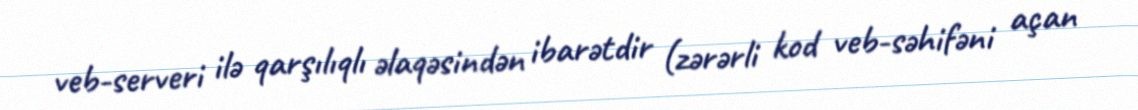
veb-serveri ilə qarşılıqlı əlaqəsindən ibarətdir (zərərli kod veb-səhifəni açan